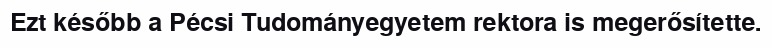
Ezt később a Pécsi Tudományegyetem rektora is megerősítette.